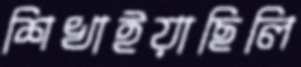
শিখাইয়াছিলি